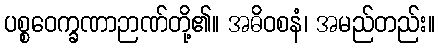
ပစ္စဝေက္ခဏာဉာဏ်တို့၏။ အဓိဝစနံ၊ အမည်တည်း။